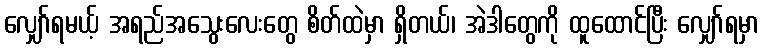
လျှော်ရမယ့် အရည်အသွေးလေးတွေ စိတ်ထဲမှာ ရှိတယ်၊ အဲဒါတွေကို ထူထောင်ပြီး လျှော်ရမှာ